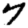
Digit: 7